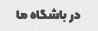
در باشگاه ما